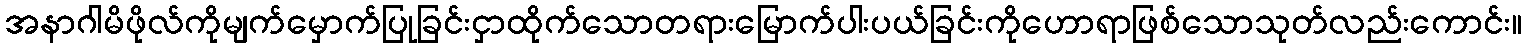
အနာဂါမိဖိုလ်ကိုမျက်မှောက်ပြုခြင်းငှာထိုက်သောတရားမြောက်ပါးပယ်ခြင်းကိုဟောရာဖြစ်သောသုတ်လည်းကောင်း။